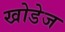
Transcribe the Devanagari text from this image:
खोडेज